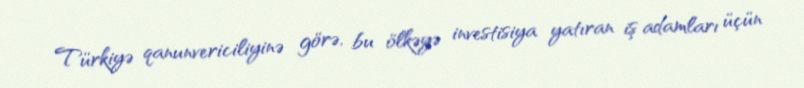
Türkiyə qanunvericiliyinə görə, bu ölkəyə investisiya yatıran iş adamları üçün